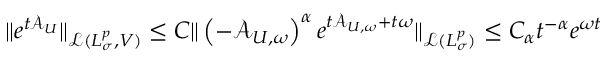
\Vert e ^ { t \mathcal { A } _ { U } } \Vert _ { \mathcal { L } ( L _ { \sigma } ^ { p } , V ) } \leq C \Vert \left( - \mathcal { A } _ { U , \omega } \right) ^ { \alpha } e ^ { t \mathcal { A } _ { U , \omega } + t \omega } \Vert _ { \mathcal { L } ( L _ { \sigma } ^ { p } ) } \leq C _ { \alpha } t ^ { - \alpha } e ^ { \omega t }